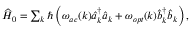
\begin{array} { r } { \widehat { H } _ { 0 } = \sum _ { k } \hbar \left( \omega _ { a c } ( k ) \widehat { a } _ { k } ^ { \dagger } \widehat { a } _ { k } + \omega _ { o p t } ( k ) \widehat { b } _ { k } ^ { \dagger } \widehat { b } _ { k } \right) , } \end{array}